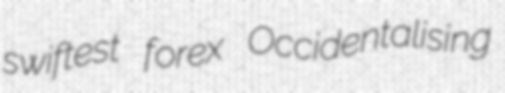
swiftest forex Occidentalising